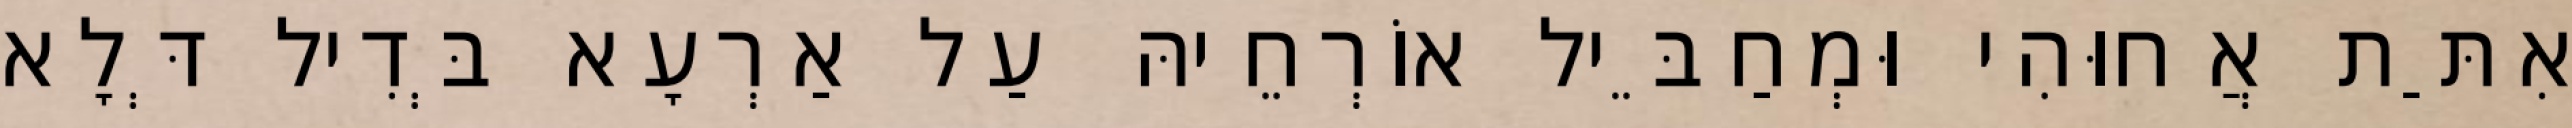
אִתַּת אֲחוּהִי וּמְחַבֵּיל אוֹרְחֵיהּ עַל אַרְעָא בְּדִיל דְּלָא